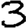
Digit: 3